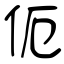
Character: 伌